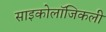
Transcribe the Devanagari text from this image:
साइकोलॉजिकली